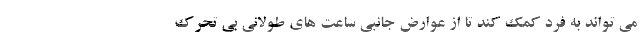
می تواند به فرد کمک کند تا از عوارض جانبی ساعت های طولانی بی تحرک